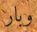
وبار